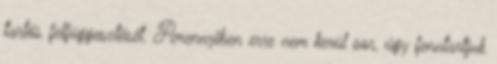
tartós felfüggesztését. Amennyiben erre nem kerül sor, úgy fenntartjuk